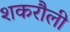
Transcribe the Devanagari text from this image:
शकरौली